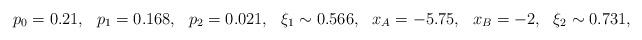
LaTeX: \begin{align*} &p_0 =0.21, && p_1 =0.168, && p_2 =0.021, && \xi_1 \sim 0.566, &x_A = -5.75, && x_B =-2, && \xi_2 \sim 0.731,\end{align*}